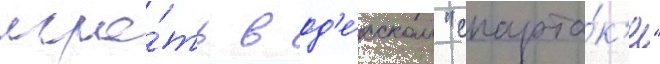
игра́ть в од'е́сском "спарта́к'е"